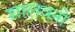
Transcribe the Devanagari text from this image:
शालवनो